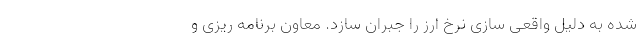
شده به دلیل واقعی سازی نرخ ارز را جبران سازد. معاون برنامه ریزی و